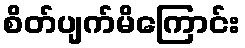
စိတ်ပျက်မိကြောင်း